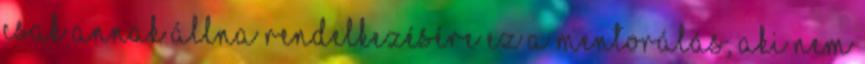
csak annak állna rendelkezésére ez a mentorálás, aki nem